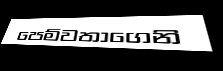
පෙම්වතාගෙනි